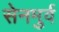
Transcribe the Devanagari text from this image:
सेनमुर्व